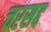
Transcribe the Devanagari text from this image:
चरसद्द